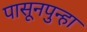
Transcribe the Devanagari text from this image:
पासूनपुन्हा